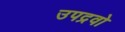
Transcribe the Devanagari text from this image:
उपद्रवो